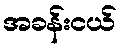
အခန်းငယ်